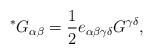
LaTeX: \begin{align*} \prescript{*}{}{G}_{\alpha\beta} = \frac{1}{2} e_{\alpha\beta\gamma\delta} G^{\gamma\delta}, \end{align*}